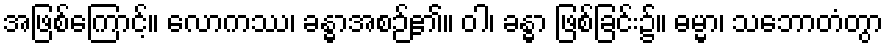
အဖြစ်ကြောင့်။ လောကဿ၊ ခန္ဓာအစဉ်၏။ ဝါ၊ ခန္ဓာ ဖြစ်ခြင်း၌။ ဓမ္မာ၊ သဘောတံတွာ